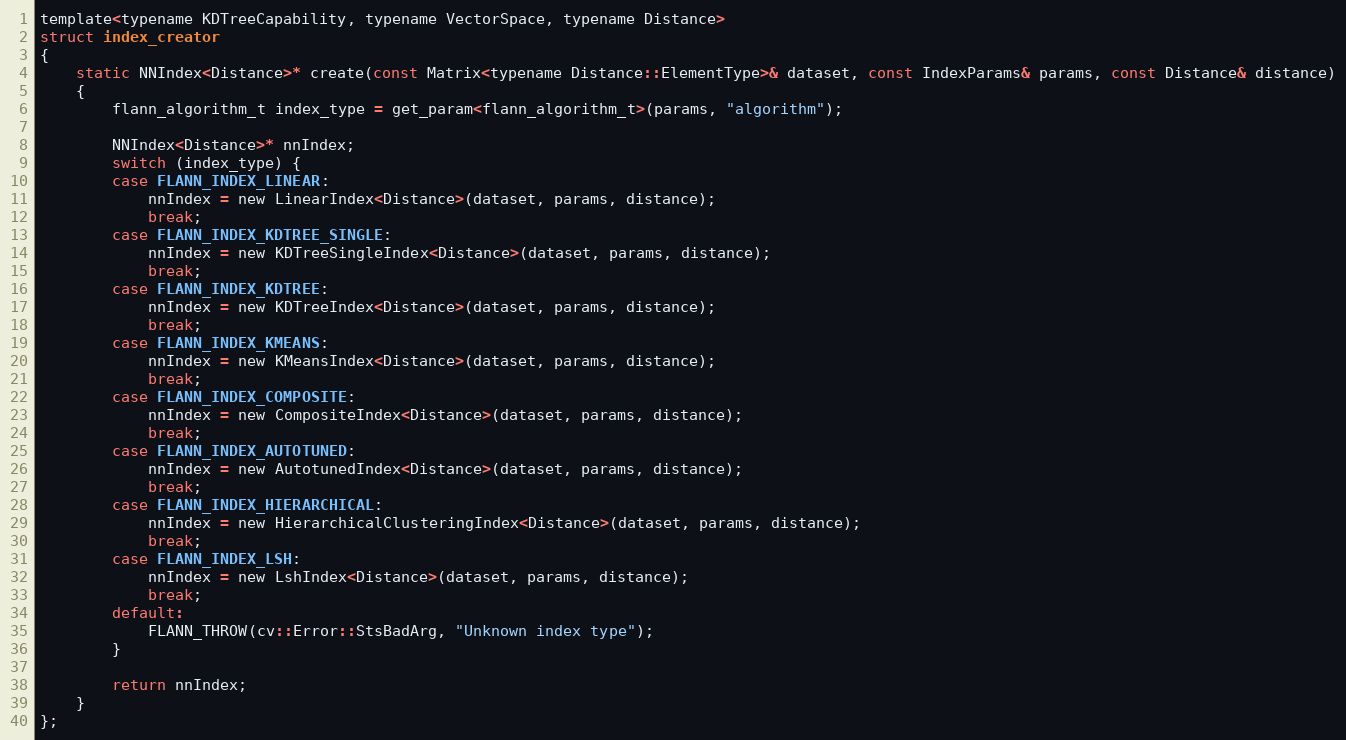
Language: C
template<typename KDTreeCapability, typename VectorSpace, typename Distance>
struct index_creator
{
    static NNIndex<Distance>* create(const Matrix<typename Distance::ElementType>& dataset, const IndexParams& params, const Distance& distance)
    {
        flann_algorithm_t index_type = get_param<flann_algorithm_t>(params, "algorithm");

        NNIndex<Distance>* nnIndex;
        switch (index_type) {
        case FLANN_INDEX_LINEAR:
            nnIndex = new LinearIndex<Distance>(dataset, params, distance);
            break;
        case FLANN_INDEX_KDTREE_SINGLE:
            nnIndex = new KDTreeSingleIndex<Distance>(dataset, params, distance);
            break;
        case FLANN_INDEX_KDTREE:
            nnIndex = new KDTreeIndex<Distance>(dataset, params, distance);
            break;
        case FLANN_INDEX_KMEANS:
            nnIndex = new KMeansIndex<Distance>(dataset, params, distance);
            break;
        case FLANN_INDEX_COMPOSITE:
            nnIndex = new CompositeIndex<Distance>(dataset, params, distance);
            break;
        case FLANN_INDEX_AUTOTUNED:
            nnIndex = new AutotunedIndex<Distance>(dataset, params, distance);
            break;
        case FLANN_INDEX_HIERARCHICAL:
            nnIndex = new HierarchicalClusteringIndex<Distance>(dataset, params, distance);
            break;
        case FLANN_INDEX_LSH:
            nnIndex = new LshIndex<Distance>(dataset, params, distance);
            break;
        default:
            FLANN_THROW(cv::Error::StsBadArg, "Unknown index type");
        }

        return nnIndex;
    }
};